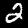
Digit: 2